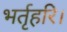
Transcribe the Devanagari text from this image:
भर्तृहरि।